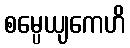
စမ္ပေယျကေဟိ